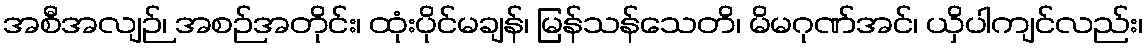
အစီအလျဉ်၊ အစဉ်အတိုင်း၊ ထုံးပိုင်မချန်၊ မြန်သန်သေတိ၊ မိမဂုဏ်အင်၊ ယှိပါကျင်လည်း၊